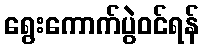
ရွေးကောက်ပွဲဝင်ရန်